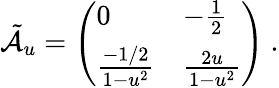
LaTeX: \tilde{\cal A}_{u}=\left(\begin{array}{ll}{{0}}&{{-{\frac{1}{2}}}}\\ {{{\frac{-1/2}{1-u^{2}}}}}&{{{\frac{2u}{1-u^{2}}}}}\end{array}\right)\ .